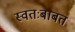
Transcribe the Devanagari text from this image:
स्वतःबाबत